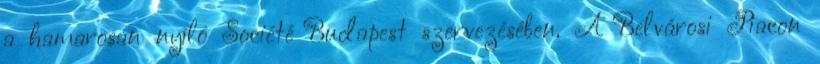
a hamarosan nyíló Société Budapest szervezésében. A Belvárosi Piacon